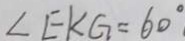
\angle E K G = 6 0 ^ { \circ }